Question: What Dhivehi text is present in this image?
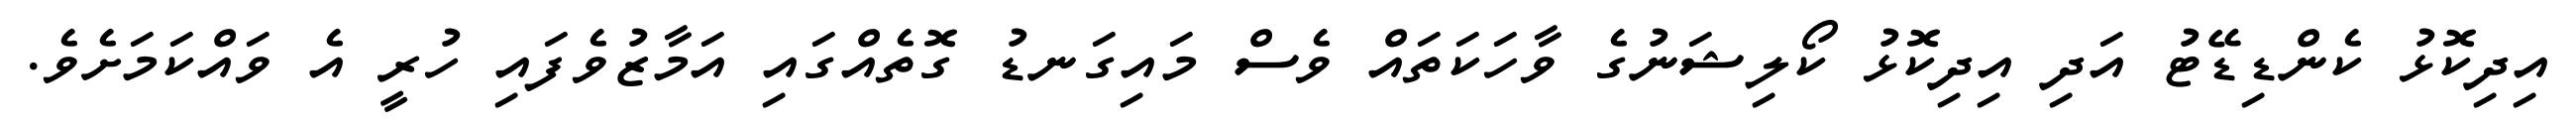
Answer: އިދިކޮޅު ކެންޑިޑޭޓު އަދި އިދިކޮޅު ކޯލިޝަނުގެ ވާހަކަތައް ވެސް މައިގަނޑު ގޮތެއްގައި އަމާޒުވެފައި ހުރީ އެ ވައްކަމަށެވެ.